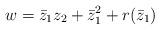
LaTeX: \begin{align*}w = \bar{z}_1 z_2 + \bar{z}_1^2 + r(\bar{z}_1)\end{align*}